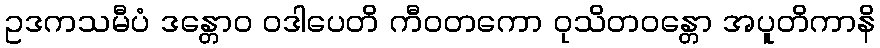
ဥဒကသမီပံ ဒန္တောဝ ဝဒါပေတိ ကီဝတကော ဝုသိတဝန္တော အပူတိကာနိ